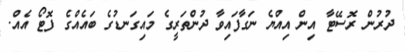
ދުރުން ރޮސޭޓާ އިން އިއްޔެ ނަގާފައިވާ ދުންތަރީގެ މައިގަނޑުގެ ބައެއްގެ ފޮޓޯ އެއް.